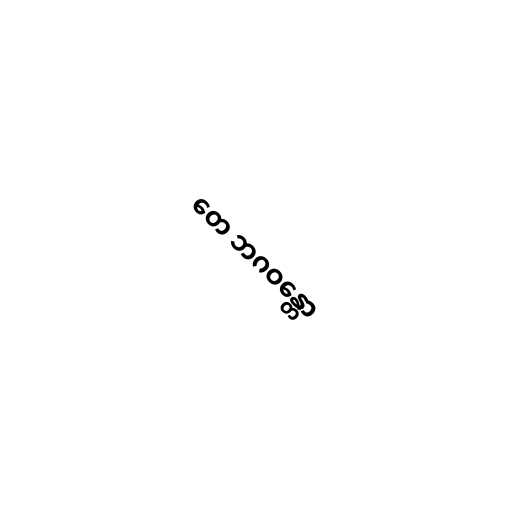
တေ ဘဂဝန္တော